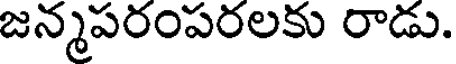
జన్మపరంపరలకు రాడు.